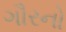
ગૌરનો